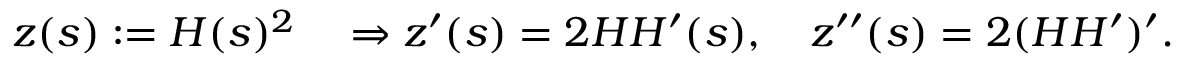
\begin{array} { r } { z ( s ) : = H ( s ) ^ { 2 } \quad \Rightarrow z ^ { \prime } ( s ) = 2 H H ^ { \prime } ( s ) , \quad z ^ { \prime \prime } ( s ) = 2 ( H H ^ { \prime } ) ^ { \prime } . } \end{array}